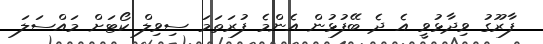
ފާރޫގު ވިދާޅުވީ އެ ދެ ބޭފުޅުން އެންމެ ފުރަތަމަ ސިވިލް ކޯޓަށް މައްސަލަ